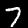
Digit: 7